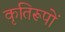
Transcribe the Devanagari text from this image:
कृतिरूपों